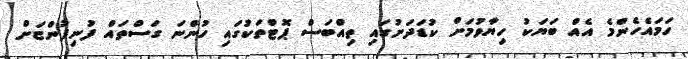
ހަމައެހެންމެ އެއް ބަޔަކު ހިޔާވުމަށް ކުޑަދަށުގައި ތިއްބަސް ޕޮޓްތަކުގައި ހުންނަ ގަސްތައް ފުނިފުންޏަށް